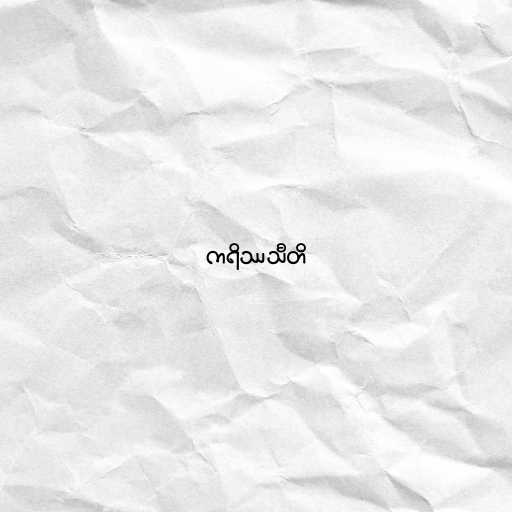
ကရိဿသီတိ